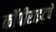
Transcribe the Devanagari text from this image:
कॉपीराइटचे